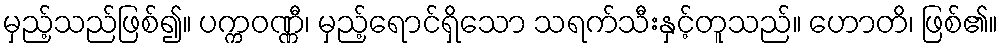
မှည့်သည်ဖြစ်၍။ ပက္ကဝဏ္ဏီ၊ မှည့်ရောင်ရှိသော သရက်သီးနှင့်တူသည်။ ဟောတိ၊ ဖြစ်၏။